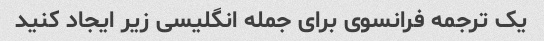
یک ترجمه فرانسوی برای جمله انگلیسی زیر ایجاد کنید